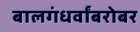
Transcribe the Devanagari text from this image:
बालगंधर्वांबरोबर